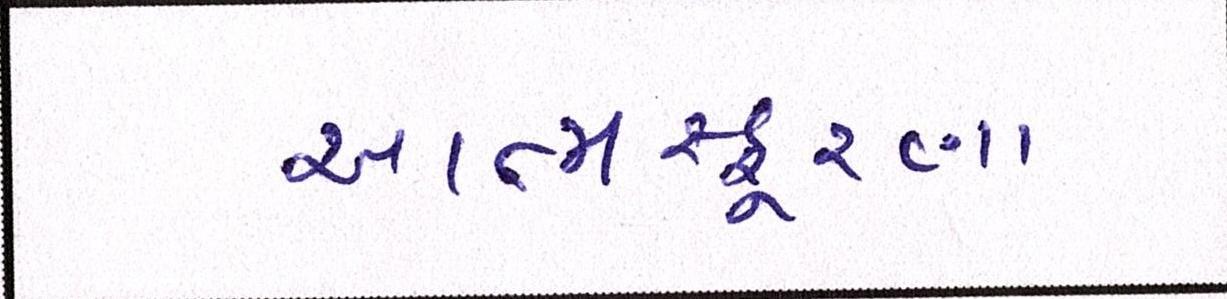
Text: આત્મસ્ફૂરણા